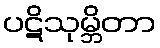
ပဋိသုမ္ဘိတာ